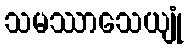
သမဿာသေယျုံ